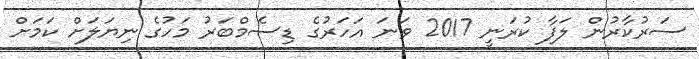
ސަރުކާރުން ލަފާ ކުރަނީ 2017 ވަނަ އަހަރުގެ ޑިސެމްބަރު މަހުގެ ނިޔަލަށް ކަމަށް